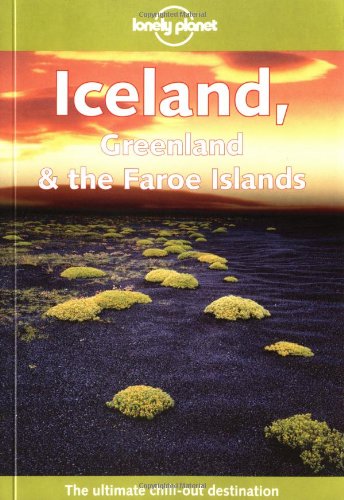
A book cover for Lonely Planet Iceland, Greenland & the Faroe Islands; Graeme Cornwallis; Travel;